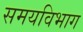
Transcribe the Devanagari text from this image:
समयविभाग